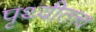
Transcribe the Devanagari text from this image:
पृथ्वीतत्त्व